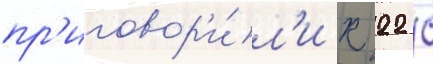
пр'иговор'и́л'и к 22 с